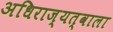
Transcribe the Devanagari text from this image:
अधिराज्यत्वाला